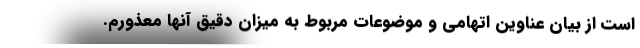
است از بیان عناوین اتهامی و موضوعات مربوط به میزان دقیق آنها معذورم.